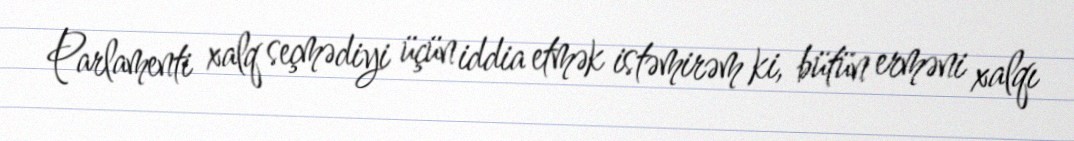
Parlamenti xalq seçmədiyi üçün iddia etmək istəmirəm ki, bütün erməni xalqı